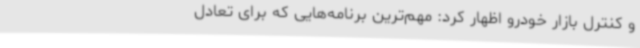
و کنترل بازار خودرو اظهار کرد: مهم‌ترین برنامه‌هایی که برای تعادل